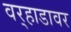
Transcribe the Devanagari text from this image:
वर्‍हाडावर